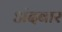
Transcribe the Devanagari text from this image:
अंदबार